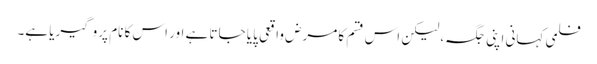
فلمی کہانی اپنی جگہ، لیکن اس قسم کا مرض واقعی پایا جاتا ہے اور اس کا نام پروگیریا ہے۔